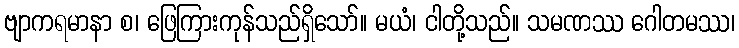
ဗျာကရမာနာ စ၊ ဖြေကြားကုန်သည်ရှိသော်။ မယံ၊ ငါတို့သည်။ သမဏဿ ဂေါတမဿ၊